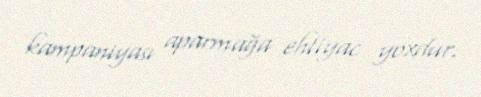
kampaniyası aparmağa ehtiyac yoxdur.